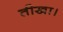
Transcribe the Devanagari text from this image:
तीखा।